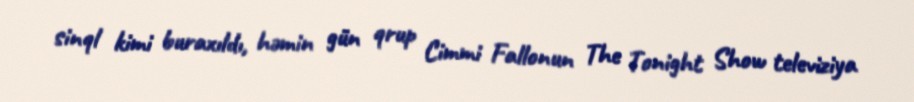
sinql kimi buraxıldı, həmin gün qrup Cimmi Fallonun The Tonight Show televiziya